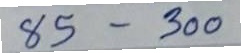
85 - 300